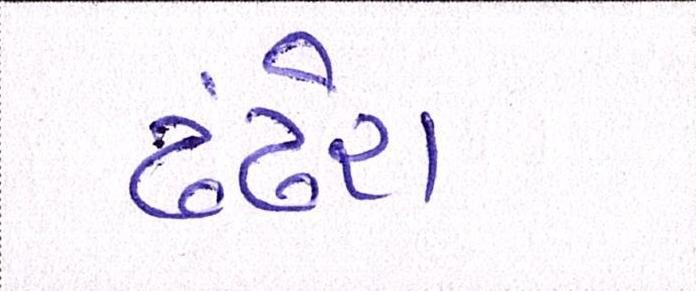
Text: ઢંઢેરા